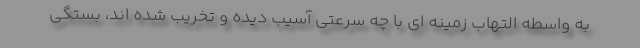
به واسطه التهاب زمینه ای با چه سرعتی آسیب دیده و تخریب شده اند، بستگی